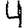
Digit: 4